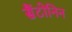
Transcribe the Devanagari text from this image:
सैंटोनिन